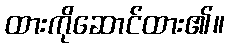
ထားကိုဆောင်ထား၏။